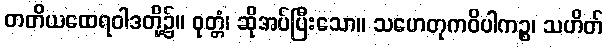
တတိယထေရဝါဒတို့၌။ ဝုတ္တံ၊ ဆိုအပ်ပြီးသော။ သဟေတုကဝိပါကဉ္စ၊ သဟိတ်